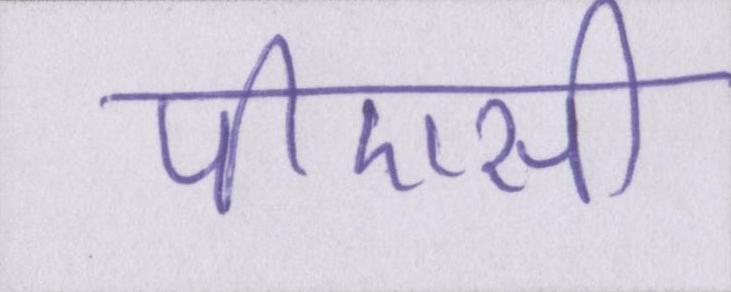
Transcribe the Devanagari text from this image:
पीएसी